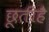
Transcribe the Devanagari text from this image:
छूतीहै